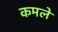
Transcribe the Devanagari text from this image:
कमले